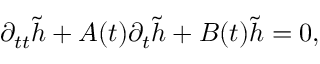
\begin{array} { r } { \partial _ { t t } \tilde { h } + A ( t ) \partial _ { t } \tilde { h } + B ( t ) \tilde { h } = 0 , } \end{array}